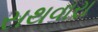
સથવારા